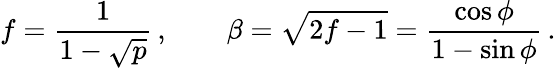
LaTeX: f={\frac{1}{1-\sqrt p}}\, ,\qquad\beta=\sqrt{2f-1}={\frac{\cos\phi}{1-\sin\phi}}\, .